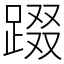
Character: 䟾